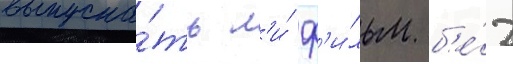
выпуска́ть л'и́ ф'и́льм б'е́з